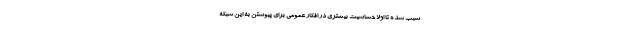
سبب شده تا اولا حساسیت بیشتری در افکار عمومی برای پیوستن به این شبکه